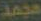
مجمد